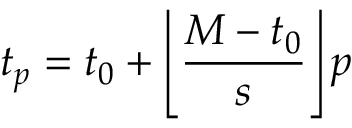
t _ { p } = t _ { 0 } + \left\lfloor \frac { M - t _ { 0 } } { s } \right\rfloor p